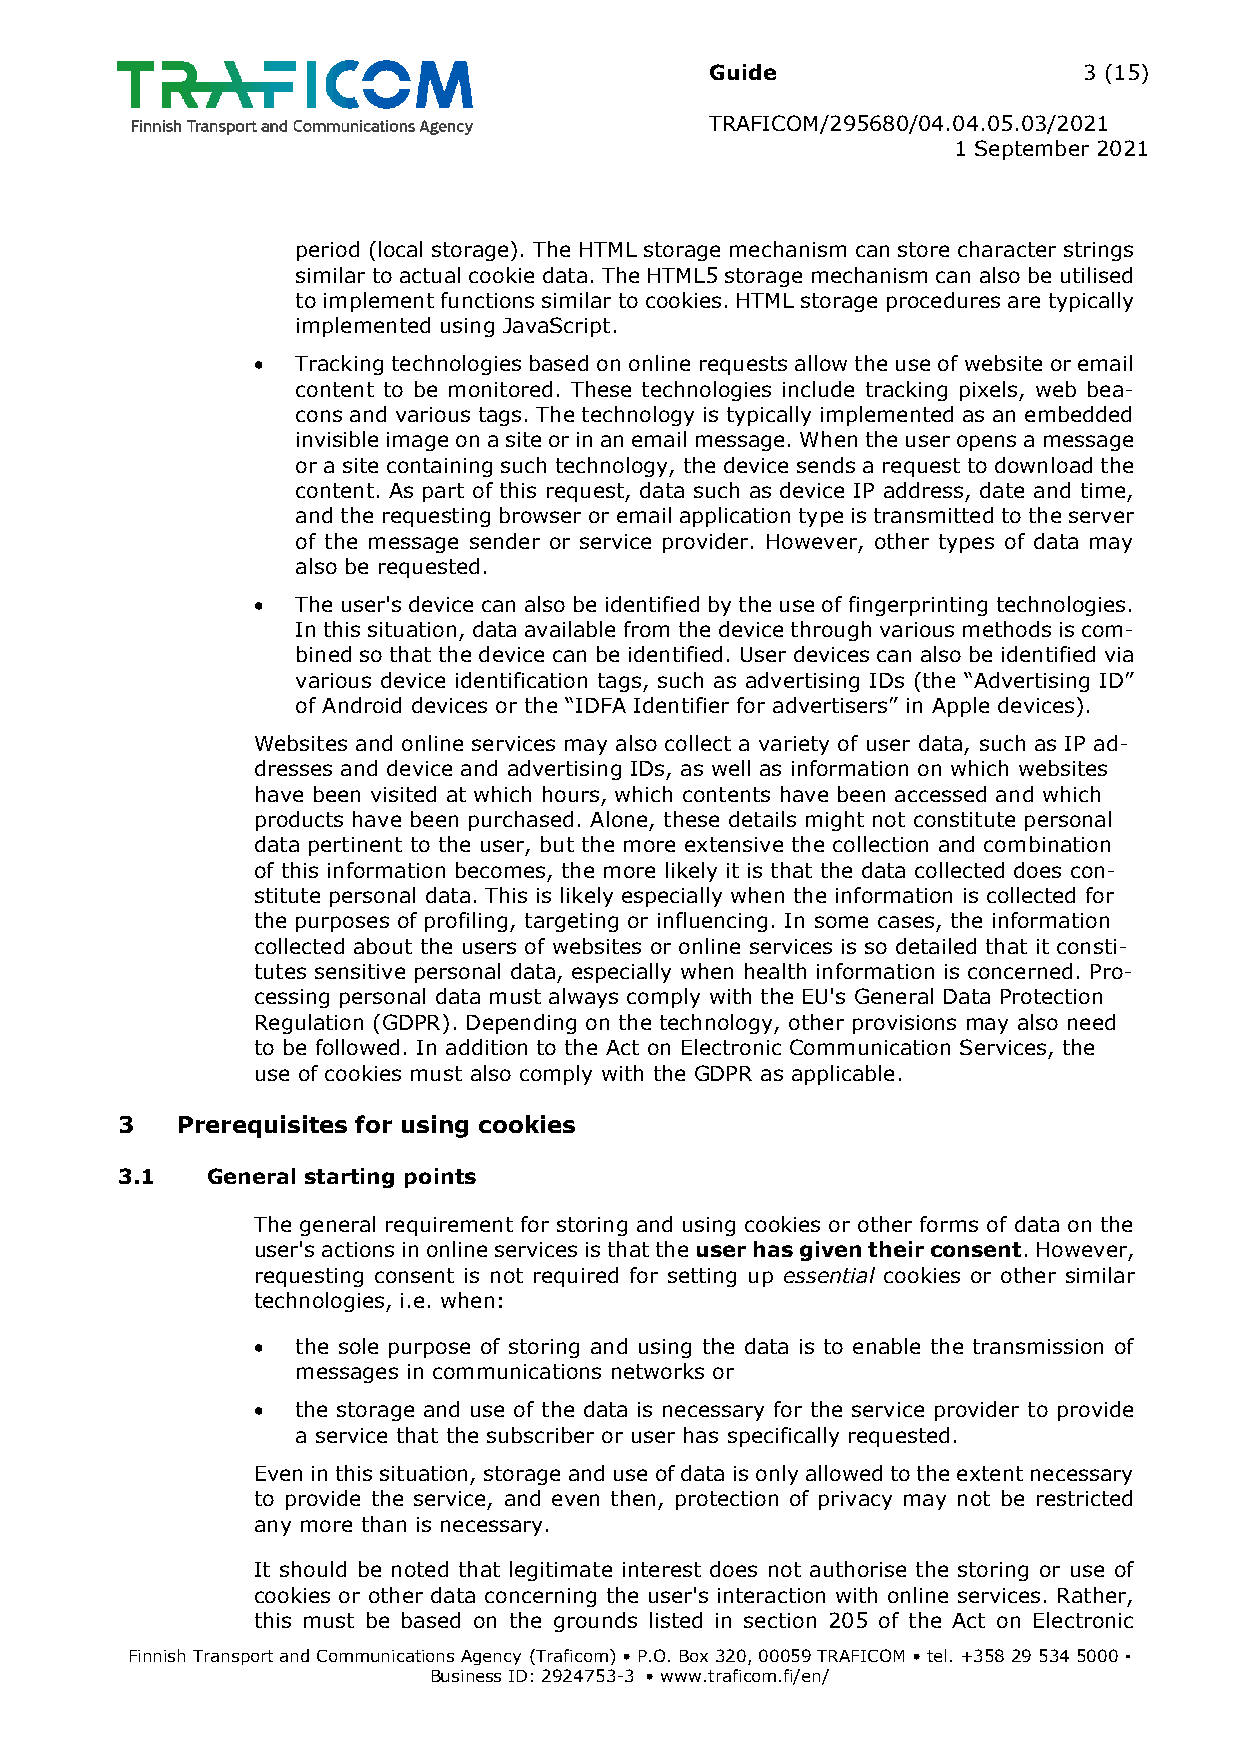
Guide                    3 (15)
 TRAFICOM/295680/04.04.05.03/2021
 1 September 2021
 period (local storage). The HTML storage mechanism can store character strings
 similar to actual cookie data. The HTML5 storage mechanism can also be utilised
 to implement functions similar to cookies. HTML storage procedures are typically
 implemented using JavaScript.
   Tracking technologies based on online requests allow the use of website or email
 content to be monitored. These technologies include tracking pixels, web bea-
 cons and various tags. The technology is typically implemented as an embedded
 invisible image on a site or in an email message. When the user opens a message
 or a site containing such technology, the device sends a request to download the
 content. As part of this request, data such as device IP address, date and time,
 and the requesting browser or email application type is transmitted to the server
 of the message sender or service provider. However, other types of data may
 also be requested.
   The user's device can also be identified by the use of fingerprinting technologies.
 In this situation, data available from the device through various methods is com-
 bined so that the device can be identified. User devices can also be identified via
 various device identification tags, such as advertising IDs (the “Advertising ID”
 of Android devices or the “IDFA Identifier for advertisers” in Apple devices).
 Websites and online services may also collect a variety of user data, such as IP ad-
 dresses and device and advertising IDs, as well as information on which websites
 have been visited at which hours, which contents have been accessed and which
 products have been purchased. Alone, these details might not constitute personal
 data pertinent to the user, but the more extensive the collection and combination
 of this information becomes, the more likely it is that the data collected does con-
 stitute personal data. This is likely especially when the information is collected for
 the purposes of profiling, targeting or influencing. In some cases, the information
 collected about the users of websites or online services is so detailed that it consti-
 tutes sensitive personal data, especially when health information is concerned. Pro-
 cessing personal data must always comply with the EU's General Data Protection
 Regulation (GDPR). Depending on the technology, other provisions may also need
 to be followed. In addition to the Act on Electronic Communication Services, the
 use of cookies must also comply with the GDPR as applicable.
 3   Prerequisites for using cookies
 3.1   General starting points
 The general requirement for storing and using cookies or other forms of data on the
 user's actions in online services is that the user has given their consent. However,
 requesting consent is not required for setting up essential cookies or other similar
 technologies, i.e. when:
   the sole purpose of storing and using the data is to enable the transmission of
 messages in communications networks or
   the storage and use of the data is necessary for the service provider to provide
 a service that the subscriber or user has specifically requested.
 Even in this situation, storage and use of data is only allowed to the extent necessary
 to provide the service, and even then, protection of privacy may not be restricted
 any more than is necessary.
 It should be noted that legitimate interest does not authorise the storing or use of
 cookies or other data concerning the user's interaction with online services. Rather,
 this must be based on the grounds listed in section 205 of the Act on Electronic
 Finnish Transport and Communications Agency (Traficom) • P.O. Box 320, 00059 TRAFICOM • tel. +358 29 534 5000 ▪
 Business ID: 2924753-3 • www.traficom.fi/en/